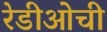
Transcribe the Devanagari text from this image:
रेडीओची